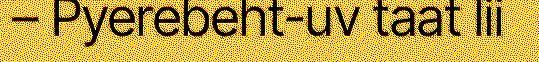
– Pyerebeht-uv taat lii